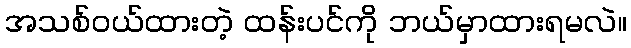
အသစ်ဝယ်ထားတဲ့ ထန်းပင်ကို ဘယ်မှာထားရမလဲ။